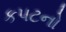
કપટનો